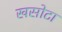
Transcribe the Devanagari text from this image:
खसोटा